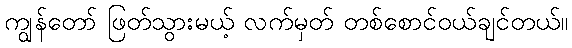
ကျွန်တော် ဖြတ်သွားမယ့် လက်မှတ် တစ်စောင်ဝယ်ချင်တယ်။